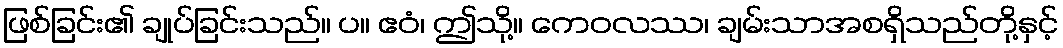
ဖြစ်ခြင်း၏ ချုပ်ခြင်းသည်။ ပ။ ဧဝံ၊ ဤသို့။ ကေဝလဿ၊ ချမ်းသာအစရှိသည်တို့နှင့်